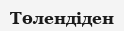
Төлендіден